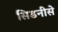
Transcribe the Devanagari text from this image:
सिडनीसे